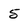
Character: 5